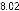
8.02